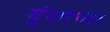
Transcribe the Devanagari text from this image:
गुंजाच्या